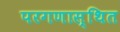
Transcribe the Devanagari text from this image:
परगणास्थित